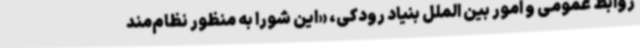
روابط عمومی و امور بین الملل بنیاد رودکی، «این شورا به منظور نظام‌مند